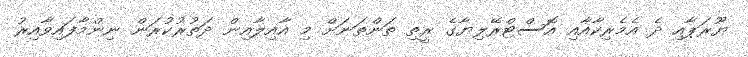
ޔޫރަޕާއި ދެ އެމެރިކާއާއި އޮސްޓްރޭލިޔާގެ ރީތި ތަންތަނަށް މި އާއިލާއިން ދަތުރުކުރަން ނިންމާފައިވާއިރު